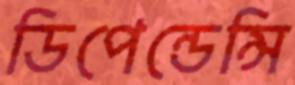
ডিপেন্ডেন্সি